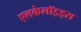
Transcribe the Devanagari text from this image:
एलकेलॉइड्स